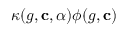
\kappa ( g , \mathbf { c } , \alpha ) \phi ( g , \mathbf { c } )